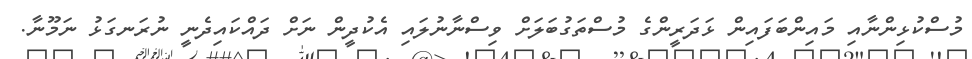
މުސްކުޅިންނާއި މައިންބަފައިން ޅަދަރީންގެ މުސްތަގުބަލަށް ވިސްނާނުލައި އެކުދީން ނަށް ދައްކައިދެނީ ނުރަނގަޅު ނަމޫނާ.